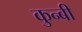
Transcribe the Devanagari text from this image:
कुन्बी